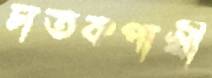
চাতকপাখী